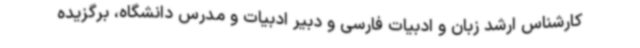
کارشناس ارشد زبان و ادبیات فارسی و دبیر ادبیات و مدرس دانشگاه، برگزیده